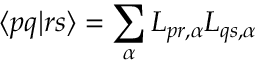
\langle p q | r s \rangle = \sum _ { \alpha } L _ { p r , \alpha } L _ { q s , \alpha }